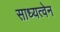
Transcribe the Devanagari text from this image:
साध्यत्वेन